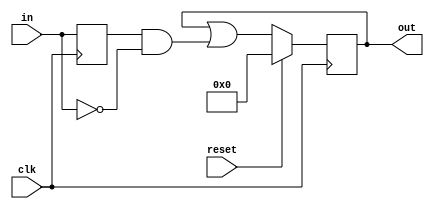
module top_module (
    input clk,
    input reset,
    input [31:0] in,
    output reg [31:0] out
);

    reg [31:0] in_prev;

    always @(posedge clk) begin
        if (reset) begin
            out <= 32'b0;
        end else begin
            out <= out | (in_prev & ~in);
        end
        in_prev <= in;
    end

endmodule